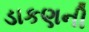
ડાકણની